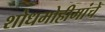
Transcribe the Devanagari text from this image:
शोधमोहीमांचे